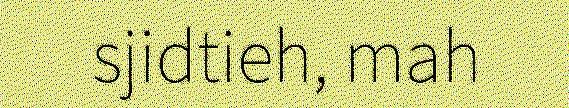
sjidtieh, mah